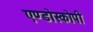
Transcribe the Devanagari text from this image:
एण्डोस्कोपी